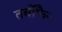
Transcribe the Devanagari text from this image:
तर्बोफैन